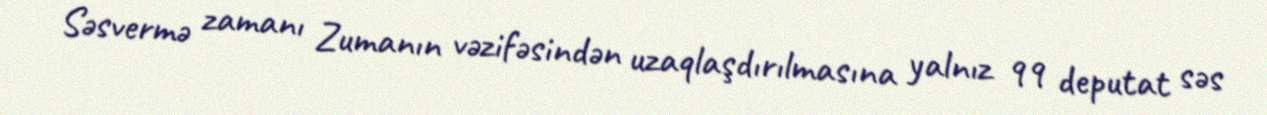
Səsvermə zamanı Zumanın vəzifəsindən uzaqlaşdırılmasına yalnız 99 deputat səs